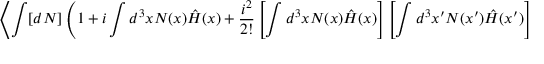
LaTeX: \left\langle \int [ d N ] \left( 1 + i \int d ^ { 3 } x N ( x ) { \hat { H } } ( x ) + { \frac { i ^ { 2 } } { 2 ! } } \left[ \int d ^ { 3 } x N ( x ) { \hat { H } } ( x ) \right] \left[ \int d ^ { 3 } x ^ { \prime } N ( x ^ { \prime } ) { \hat { H } } ( x ^ { \prime } ) \right] + \cdots \right) s _ { \mathrm { i n t } } , s _ { \mathrm { f i n } } \right\rangle _ { \mathrm { D i f f } }